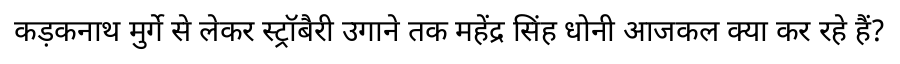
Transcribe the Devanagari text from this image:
कड़कनाथ मुर्गे से लेकर स्ट्रॉबैरी उगाने तक महेंद्र सिंह धोनी आजकल क्या कर रहे हैं?